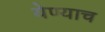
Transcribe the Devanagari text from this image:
येण्याच